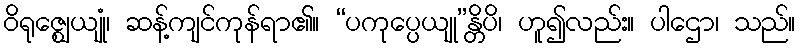
ဝိရုဇ္ဈေယျုံ၊ ဆန့်ကျင်ကုန်ရာ၏။ “ပကုပ္ပေယျု”န္တိပိ၊ ဟူ၍လည်း။ ပါဌော၊ သည်။